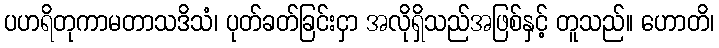
ပဟရိတုကာမတာသဒိသံ၊ ပုတ်ခတ်ခြင်းငှာ အလိုရှိသည်အဖြစ်နှင့် တူသည်။ ဟောတိ၊